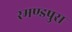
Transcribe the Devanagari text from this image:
रमण्डपुरा